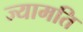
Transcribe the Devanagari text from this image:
ज्यामति